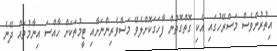
އިތުރުންވެސް މަސްރޭހުގައި އެކި ގޮތްގޮތުން ފާހަގަކޮށްލެވޭ މަސްވެރިންނަށާއި ޓީމުތަކަށް ހާއްސަ އިނާމުތައް ދޭނެ